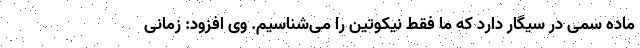
ماده سمی در سیگار دارد که ما فقط نیکوتین را می‌شناسیم. وی افزود: زمانی